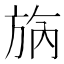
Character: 𣃰